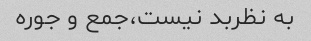
به نظربد نیست،جمع و جوره